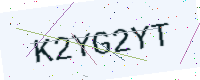
Text: K2YG2YT